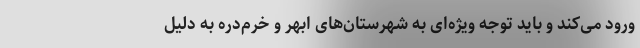
ورود می‌کند و باید توجه ویژه‌ای به شهرستان‌های ابهر و خرم‌دره به دلیل